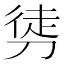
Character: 𭄂